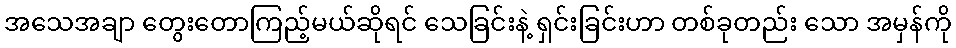
အသေအချာ တွေးတောကြည့်မယ်ဆိုရင် သေခြင်းနဲ့ ရှင်းခြင်းဟာ တစ်ခုတည်း သော အမှန်ကို